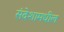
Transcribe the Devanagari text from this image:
संदेशामधील